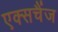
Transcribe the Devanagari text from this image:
एक्सचैंज